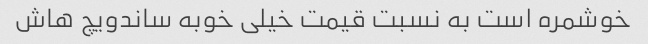
خوشمره است به نسبت قیمت خیلی خوبه ساندویچ هاش